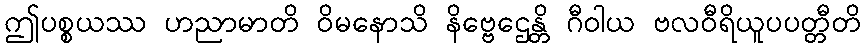
ဤပစ္စယဿ ဟညာမာတိ ဝိမနောသိ နိဗ္ဗေဌေန္တိ ဂီဝါယ ဗလဝီရိယူပပတ္တီတိ